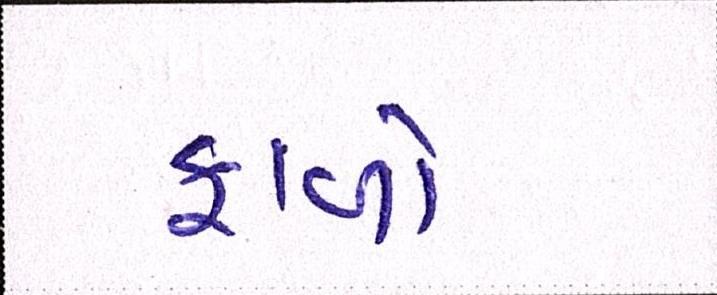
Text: ફાળો